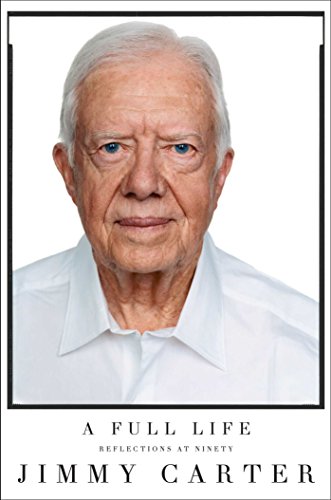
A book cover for A Full Life: Reflections at Ninety; Jimmy Carter; Biographies & Memoirs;